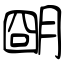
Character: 朙